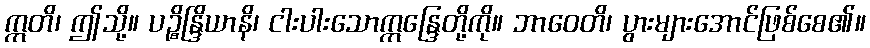
ဣတိ၊ ဤသို့။ ပဉ္စိန္ဒြိယာနိ၊ ငါးပါးသောဣန္ဒြေတို့ကို။ ဘာဝေတိ၊ ပွားများအောင်ဖြစ်စေ၏။